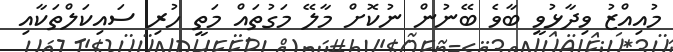
މުއިއްޒު ވިދާޅުވީ ބާވެ ބޭނުން ނުކޮށް މާލޭ މަގުތައް މަތީ ހުރި ސައިކަލްތަކާއި